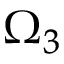
\Omega _ { 3 }